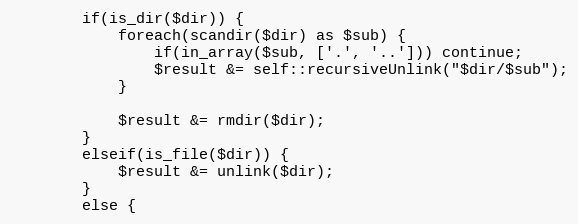
Language: PHP
        if(is_dir($dir)) {
            foreach(scandir($dir) as $sub) {
                if(in_array($sub, ['.', '..'])) continue;
                $result &= self::recursiveUnlink("$dir/$sub");
            }

            $result &= rmdir($dir);
        }
        elseif(is_file($dir)) {
            $result &= unlink($dir);
        }
        else {